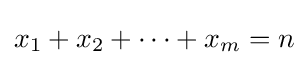
x_{1}+x_{2}+\cdots +x_{m}=n